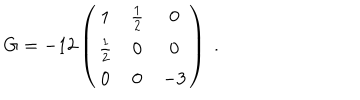
G = - 1 2 \left( \begin{array} { c c c } { { 1 } } & { { \frac { 1 } { 2 } } } & { { 0 } } \\ { { \frac { 1 } { 2 } } } & { { 0 } } & { { 0 } } \\ { { 0 } } & { { 0 } } & { { - 3 } } \\ \end{array} \right) \; .